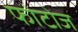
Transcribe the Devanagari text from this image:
फोटोज